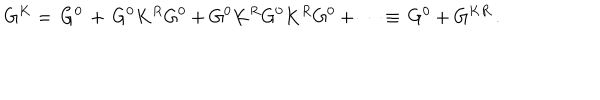
LaTeX: G ^ { K } = \, G ^ { 0 } \, + \, G ^ { 0 } K ^ { R } G ^ { 0 } + G ^ { 0 } K ^ { R } G ^ { 0 } K ^ { R } G ^ { 0 } + \cdots \equiv \, G ^ { 0 } + G ^ { K R } \, .